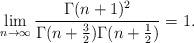
LaTeX: \begin{align*}\lim_{n\to\infty}\frac{\Gamma(n+1)^2}{\Gamma(n+\frac32)\Gamma(n+\frac12)}=1.\end{align*}